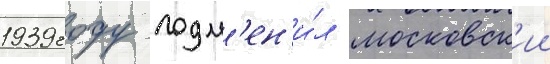
1939 году подм'ен'и́л московск'ии